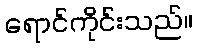
ရောင်ကိုင်းသည်။